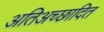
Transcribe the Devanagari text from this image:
अतिअच्छादित